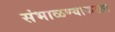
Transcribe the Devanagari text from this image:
संभाळण्याकरता